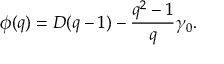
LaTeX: \phi ( q ) = D ( q - 1 ) - \frac { q ^ { 2 } - 1 } { q } \gamma _ { 0 } .